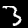
Digit: 3